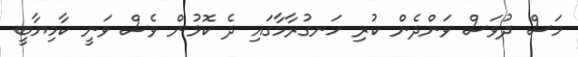
މަސް ދުވަސް ވަންދެން ކުރި ހަނގުރާމާގައި ދެ ކޮޅުން ވެސް ވަނީ ކާމިޔާބީ